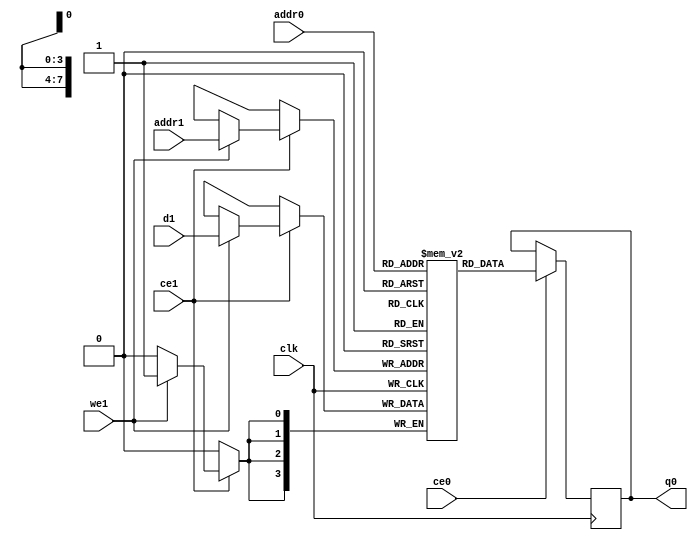
// ==============================================================
// Vivado(TM) HLS - High-Level Synthesis from C, C++ and SystemC v2020.1 (64-bit)
// Copyright 1986-2020 Xilinx, Inc. All Rights Reserved.
// ==============================================================
`timescale 1 ns / 1 ps
module ConvolutionInputGenerator_1_ConvolutionInputGbkb_ram (addr0, ce0, q0, addr1, ce1, d1, we1,  clk);

parameter DWIDTH = 4;
parameter AWIDTH = 8;
parameter MEM_SIZE = 160;

input[AWIDTH-1:0] addr0;
input ce0;
output reg[DWIDTH-1:0] q0;
input[AWIDTH-1:0] addr1;
input ce1;
input[DWIDTH-1:0] d1;
input we1;
input clk;

(* ram_style = "block" *)reg [DWIDTH-1:0] ram[0:MEM_SIZE-1];




always @(posedge clk)  
begin 
    if (ce0) begin
        q0 <= ram[addr0];
    end
end


always @(posedge clk)  
begin 
    if (ce1) begin
        if (we1) 
            ram[addr1] <= d1; 
    end
end


endmodule

`timescale 1 ns / 1 ps
module ConvolutionInputGenerator_1_ConvolutionInputGbkb(
    reset,
    clk,
    address0,
    ce0,
    q0,
    address1,
    ce1,
    we1,
    d1);

parameter DataWidth = 32'd4;
parameter AddressRange = 32'd160;
parameter AddressWidth = 32'd8;
input reset;
input clk;
input[AddressWidth - 1:0] address0;
input ce0;
output[DataWidth - 1:0] q0;
input[AddressWidth - 1:0] address1;
input ce1;
input we1;
input[DataWidth - 1:0] d1;



ConvolutionInputGenerator_1_ConvolutionInputGbkb_ram ConvolutionInputGenerator_1_ConvolutionInputGbkb_ram_U(
    .clk( clk ),
    .addr0( address0 ),
    .ce0( ce0 ),
    .q0( q0 ),
    .addr1( address1 ),
    .ce1( ce1 ),
    .we1( we1 ),
    .d1( d1 ));

endmodule